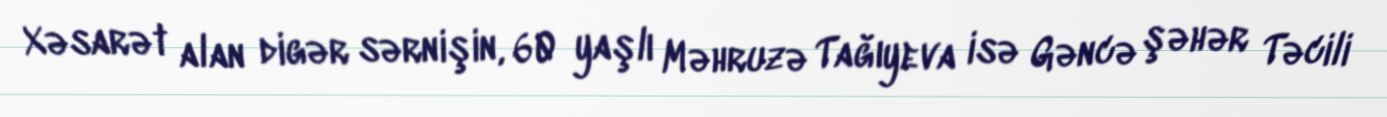
Xəsarət alan digər sərnişin, 60 yaşlı Məhruzə Tağıyeva isə Gəncə şəhər Təcili